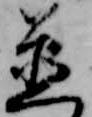
置